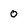
Character: O